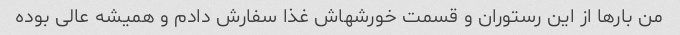
من بارها از این رستوران و قسمت خورشهاش غذا سفارش دادم و همیشه عالی بوده